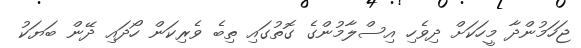
ޖަހަމުންދާ މީހަކަށް ދިވެހި އިސްލާމުންގެ ގޮތުގައި ތިބެ ވެރިކަން ހޯދައި ދޭން ބަޔަކު